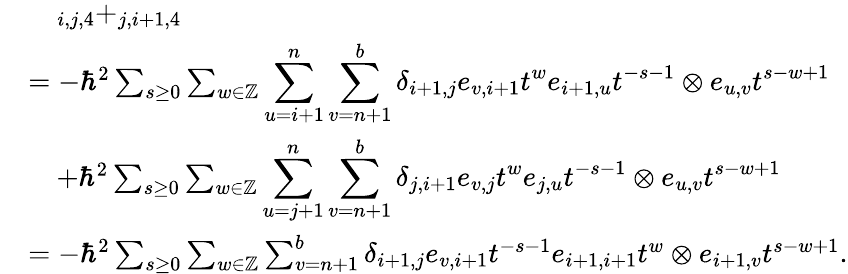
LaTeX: \begin{array}{rl}&{\quad_{i,j,4}+_{j,i+1,4}}\\ &{=-\hbar^{2}\sum_{s\geq 0}\sum_{w\in\mathbb{Z}}\displaystyle\sum_{u=i+1}^{n}\sum_{v=n+1}^{b}\delta_{i+1,j}e_{v,i+1}t^{w}e_{i+1,u}t^{-s-1}\otimes e_{u,v}t^{s-w+1}}\\ &{\quad+\hbar^{2}\sum_{s\geq 0}\sum_{w\in\mathbb{Z}}\displaystyle\sum_{u=j+1}^{n}\sum_{v=n+1}^{b}\delta_{j,i+1}e_{v,j}t^{w}e_{j,u}t^{-s-1}\otimes e_{u,v}t^{s-w+1}}\\ &{=-\hbar^{2}\sum_{s\geq 0}\sum_{w\in\mathbb{Z}}\sum_{v=n+1}^{b}\delta_{i+1,j}e_{v,i+1}t^{-s-1}e_{i+1,i+1}t^{w}\otimes e_{i+1,v}t^{s-w+1}.}\end{array}